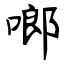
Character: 啷